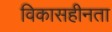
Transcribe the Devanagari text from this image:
विकासहीनता